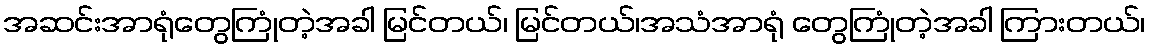
အဆင်းအာရုံတွေကြုံတဲ့အခါ မြင်တယ်၊ မြင်တယ်၊အသံအာရုံ တွေကြုံတဲ့အခါ ကြားတယ်၊